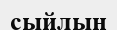
сыйлын